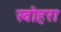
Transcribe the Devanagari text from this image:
खोहरा